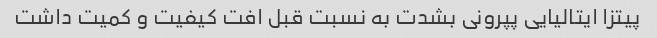
پیتزا ایتالیایی پپرونی بشدت به نسبت قبل افت کیفیت و کمیت داشت